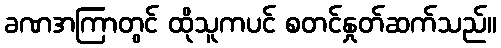
ခဏအကြာတွင် ထိုသူကပင် စတင်နှုတ်ဆက်သည်။